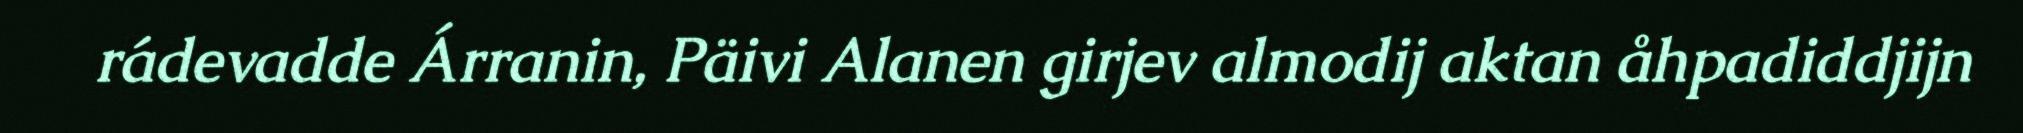
rádevadde Árranin, Päivi Alanen girjev almodij aktan åhpadiddjijn